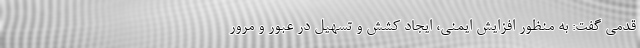
قدمی گفت: به منظور افزایش ایمنی، ایجاد کشش و تسهیل در عبور و مرور